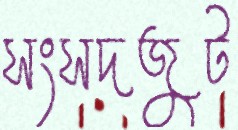
সংসদজুট